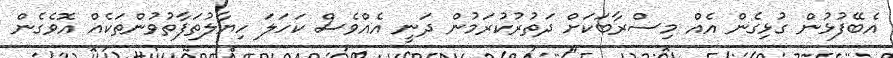
އެބޭފުޅުން ގުޅިގެން އެއް މިސްރާބަކަށް ދަތުރުކުރަމުން ދަނީ އެއްވެސް ކަހަލަ ހިޔާލުތަފާތުވުންތަކެއް އޮވެގެން